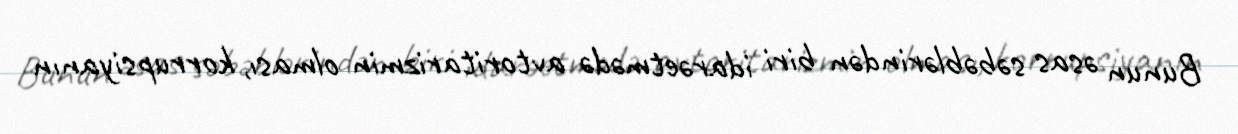
Bunun əsas səbəblərindən biri idarəetmədə avtoritarizmin olması, korrupsiyanın